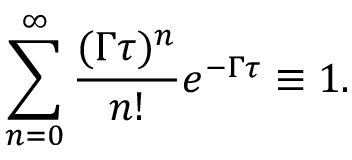
\sum _ { n = 0 } ^ { \infty } \frac { ( \Gamma \tau ) ^ { n } } { n ! } e ^ { - \Gamma \tau } \equiv 1 .